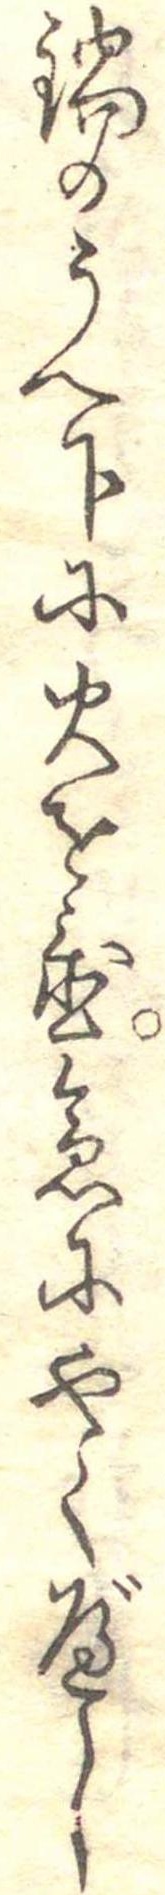
鍋のうへ下に火を置急にやくべし